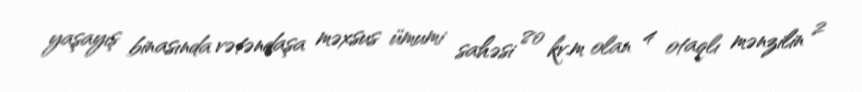
yaşayış binasında vətəndaşa məxsus ümumi sahəsi 80 kv.m olan 4 otaqlı mənzilin 2